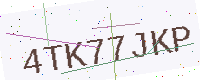
Text: 4TK77JKP